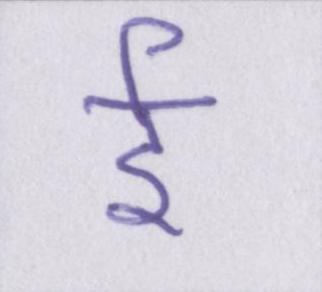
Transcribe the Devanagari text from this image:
ई